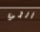
التي